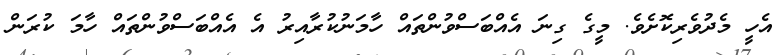
އެހީ މެދުވެރިކޮށެވެ. މީގެ ގިނަ އެއްބަސްވުންތައް ހާމަނުކުރާއިރު އެ އެއްބަސްވުންތައް ހާމަ ކުރަން